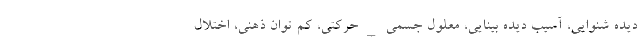
دیده شنوایی، آسیب دیده بینایی، معلول جسمی_حرکتی، کم توان ذهنی، اختلال